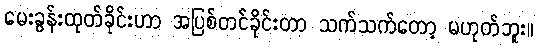
မေးခွန်းထုတ်ခိုင်းဟာ အပြစ်တင်ခိုင်းတာ သက်သက်တော့ မဟုတ်ဘူး။